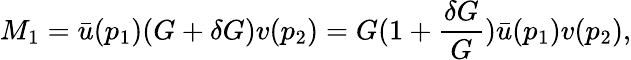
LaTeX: M_{1}={\bar{u}}(p_{1})(G+\delta G)v(p_{2})=G(1+{\frac{\delta G}{G}}){\bar{u}}(p_{1})v(p_{2}),